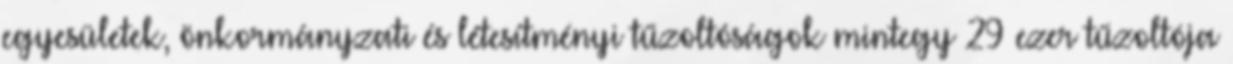
egyesületek, önkormányzati és létesítményi tűzoltóságok mintegy 29 ezer tűzoltója